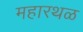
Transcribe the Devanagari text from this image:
महारथळ